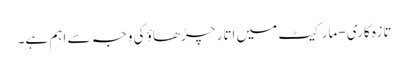
تازہ کاری -مارکیٹ میں اتار چڑھاؤ کی وجہ سے اہم ہے۔